Annual report of lunatic asylums [Bombay] - 1912-1922
Year: 1912
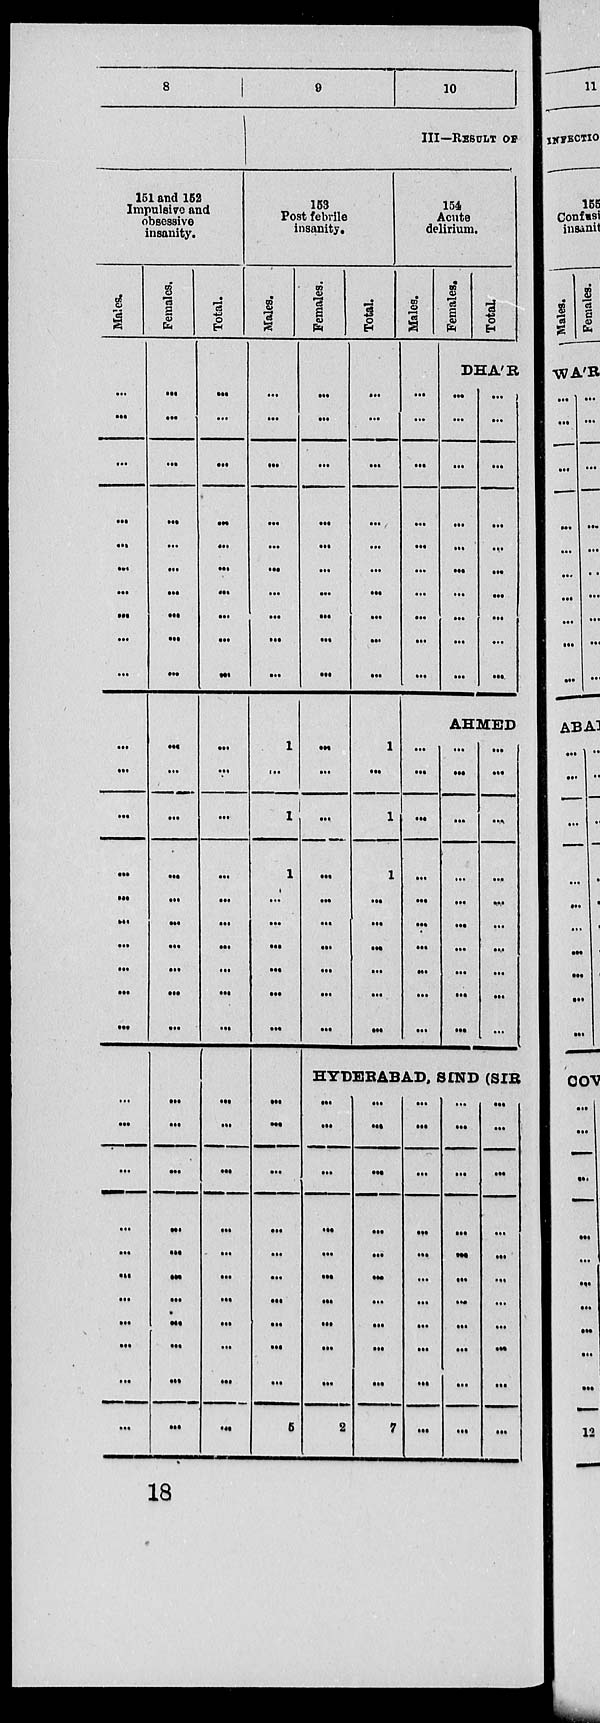
8
9
10
III—RESULT OF
151 and 152
Impulsive and
obsessive
insanity.
Males.
...
...
...
...
...
...
...
...
...
...
...
...
...
...
...
...
...
...
...
...
...
...
...
...
...
...
...
...
...
...
Females.
...
...
...
...
...
...
...
...
...
...
...
...
...
...
...
...
...
...
...
...
...
...
...
...
...
...
...
...
...
...
...
Total.
...
...
...
...
...
...
...
...
...
...
...
...
...
...
...
...
...
...
...
...
...
...
...
...
...
...
...
...
...
...
...
153
Post febrile
insanity.
Males.
...
...
...
...
...
...
...
...
...
...
1
...
1
1
...
...
...
...
...
...
...
...
...
...
...
...
...
...
...
...
5
Females.
...
...
...
...
...
...
...
...
...
...
...
...
...
...
...
...
...
...
...
...
Total.
...
...
...
...
...
...
...
...
...
...
1
...
1
1
...
...
...
...
...
...
154
Acute
delirium.
Males.
...
...
...
...
...
...
...
...
...
...
Females.
Total.
DHA'R
...
...
...
...
...
...
...
...
...
...
...
...
...
...
...
...
...
...
...
....
AHMED
...
...
...
...
...
...
...
...
...
...
...
...
...
...
...
...
...
...
...
...
...
...
...
...
...
...
...
...
...
...
HYDERABAD, SIND (SIR
...
...
...
...
...
...
...
...
...
...
2
...
...
...
...
...
...
...
...
...
...
7
...
...
...
...
...
...
...
...
...
...
...
...
...
...
...
...
...
...
...
...
...
...
...
...
...
...
...
...
...
...
...
...
...
18